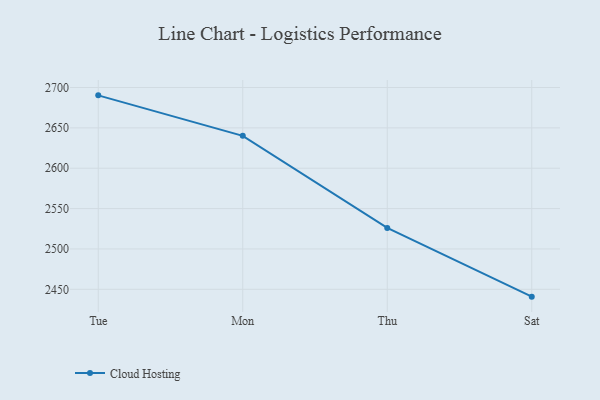
{"axis": {"x": "Day", "y": "Waste Production (Tons)"}, "legend": ["Cloud Hosting"], "data": [{"x": "Tue", "y": 2690.3, "type": "Cloud Hosting"}, {"x": "Mon", "y": 2640.1, "type": "Cloud Hosting"}, {"x": "Thu", "y": 2526.0, "type": "Cloud Hosting"}, {"x": "Sat", "y": 2440.9, "type": "Cloud Hosting"}]}